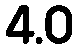
4.0